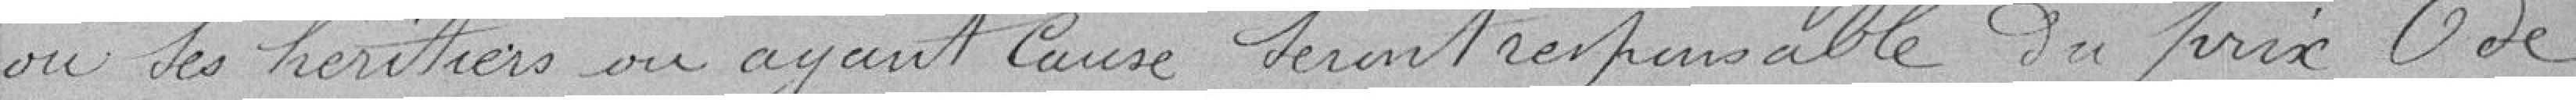
ou ses héritiers ou ayant cause seront responsables du prix de